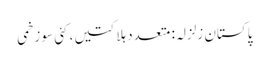
پاکستان زلزلہ: متعدد ہلاکتیں، کئی سو زخمی